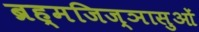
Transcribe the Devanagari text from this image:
ब्रह्मजिज्ञासुओं